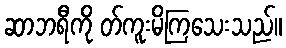
ဆာဘရီကို တ်ကူးမိကြသေးသည်။